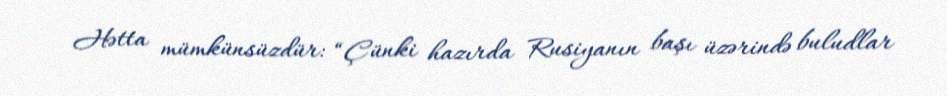
Hətta mümkünsüzdür: “Çünki hazırda Rusiyanın başı üzərində buludlar